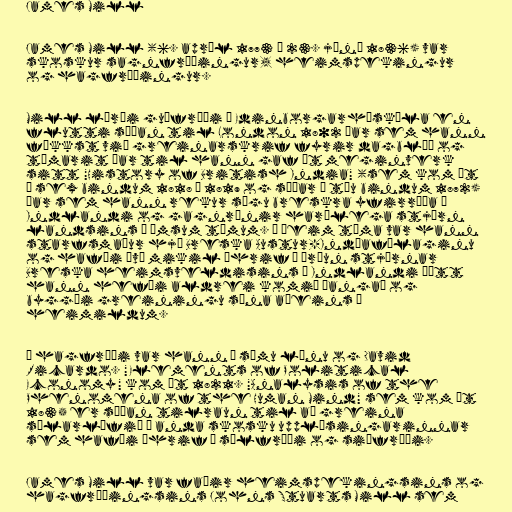
James Mill

James Mill (6. apríl 1773 – 23. júní 1836) var
skoskur sagnfræðingur, heimspekingur
og hagfræðingur.

Mill lærði guðfræði í Edinborgarháskóla en
flutti síðan til London 1802 þar sem hann
fékkst við greinarskrif fyrir dagblöð og
tímarit þar til hann gaf út meginverk
sitt "History of British India" (sem kom út
í sex bindum 1818 – 1819 og síðar í tíu bindum 1872)
þar sem hann rekur sögu breskra yfirráða á
Indlandi og gagnrýnir harðlega stjórn
landsins á ýmsum tímum. Á þeim tíma var hann
starfsmaður hjá Breska Austur-Indíafélaginu
og hafði því mikil áhrif á þróun stjórnar
Breska heimsveldisins á Indlandi þótt
hann hefði aldrei komið þangað og
byggði greiningu sína aðeins á
heimildum.

Í hagfræði var hann á sömu línu og David
Ricardo. "Elements of Political
Economy" kom út 1821. "Analysis of the
Phenomena of the Human Mind" sem kom út
1835 er síðan tilraun til að greina
sálarlífið í anda skosku upplýsingarinnar
sem hafði áhrif á sálfræði og siðfræði.

James Mill var faðir heimspekingsins og
hagfræðingsins Johns Stuarts Mill sem